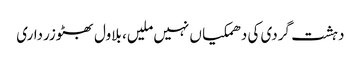
دہشت گردی کی دھمکیا ں نہیں ملیں، بلاول بھٹوزرداری